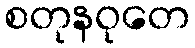
စတုနဝုတေ